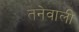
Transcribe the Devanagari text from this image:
तनेवाली